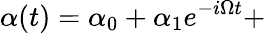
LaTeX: \alpha(t)=\alpha_{0}+\alpha_{1}e^{-i\Omega t}+